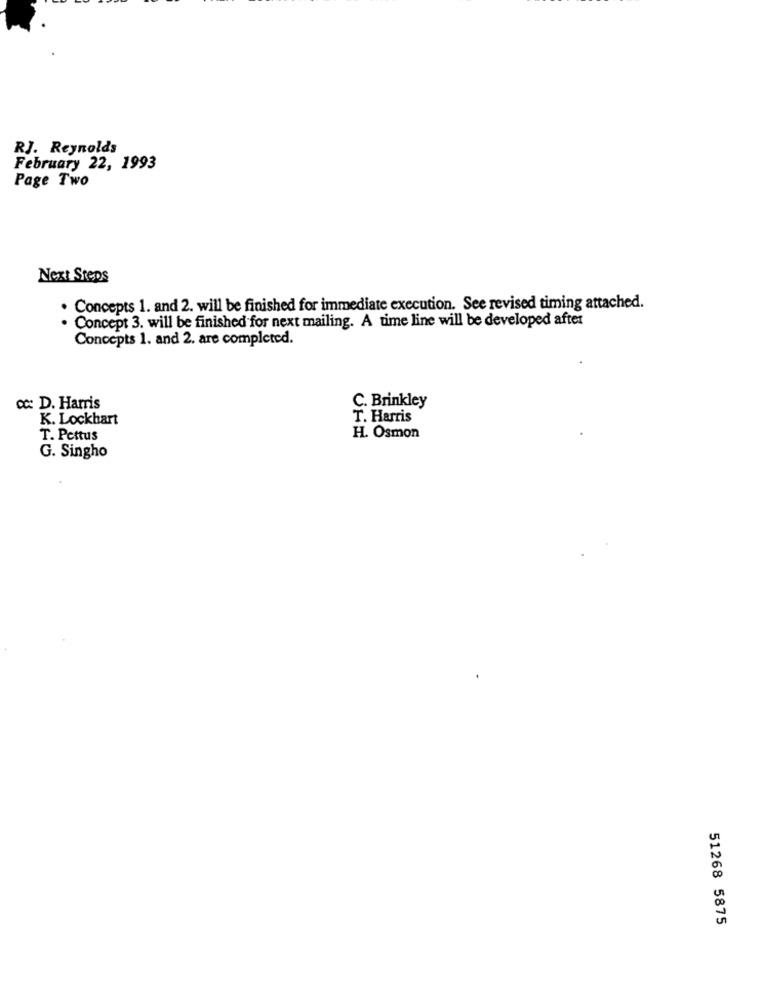
RJ. Reynolds
February 22, 1993
Page Two
Next Steps
Concepts 1. and 2. will be finished for immediate execution. See revised timing attached.
Concept 3. will be finished for next mailing. A time line will be developed after
Concepts 1. and 2. are completed.
cc: D. Harris
C. Brinkley
K. Lockhart
T. Harris
T. Pettus
H. Osmon
G. Singho
51268 5875